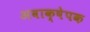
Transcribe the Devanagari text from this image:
अवाक्षेपक